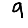
Digit: 9